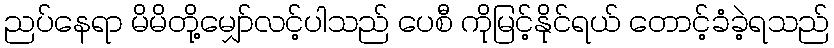
ညပ်နေရာ မိမိတို့မျှော်လင့်ပါသည် ပေစီ ကိုမြင့်နိုင်ရယ် တောင့်ခံခဲ့ရသည်